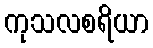
ကုသလစရိယာ